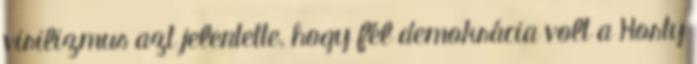
virilizmus azt jelentette, hogy fél demokrácia volt a Horty